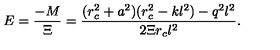
E = \frac { - M } { \Xi } = \frac { ( r _ { c } ^ { 2 } + a ^ { 2 } ) ( r _ { c } ^ { 2 } - k l ^ { 2 } ) - q ^ { 2 } l ^ { 2 } } { 2 \Xi r _ { c } l ^ { 2 } } .